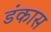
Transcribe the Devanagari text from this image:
डंकास